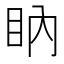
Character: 𥄋